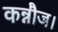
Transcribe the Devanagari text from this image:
कन्नौज।